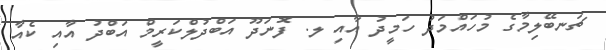
ޗަނބޭލިމާގެ މުހައްމަދު ހަމީދު އާއި ލ. ފޮނަދޫ އަބްދުލްކަރީމް އަބްދު އާއި ކެއާ